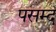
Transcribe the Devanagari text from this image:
पसम्द